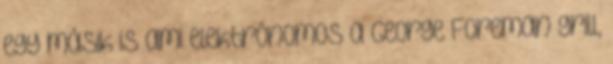
egy másik is ami elektrónomos a George Foreman grill,